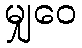
မျှဝေ